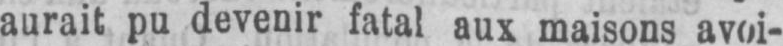
aurait pu devenir fatal aux maisons avoi-